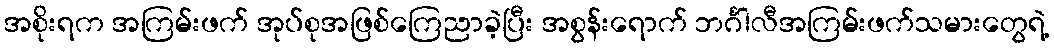
အစိုးရက အကြမ်းဖက် အုပ်စုအဖြစ်ကြေညာခဲ့ပြီး အစွန်းရောက် ဘင်္ဂါလီအကြမ်းဖက်သမားတွေရဲ့